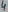
Text: 4